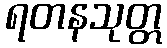
ရတနသုတ္တ